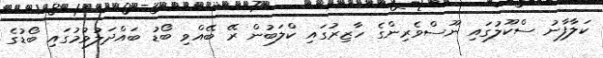
ކަލާފާނު ސްކޫލުގައި ނޫސްވެރިންގެ ހާޒިރުގައި ކްލަބުން ރޭ ބޭއްވި ބޯޑު ބައްދަލުވުމުގައި ބޯޑުގެ